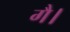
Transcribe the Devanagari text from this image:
गै।